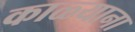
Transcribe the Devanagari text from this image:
काळ्याना